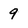
Character: 9